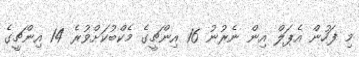
މި ފަހުން އެޕަލް އިން ނެރުނު 16 އިންޗީގެ މެކްބުކަށްވުރެ 14 އިންޗީގެ